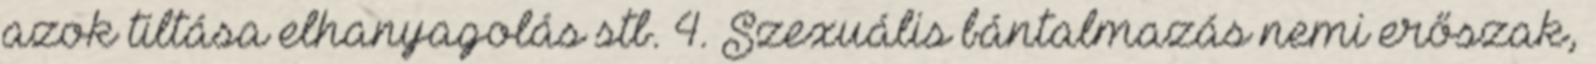
azok tiltása elhanyagolás stb. 4. Szexuális bántalmazás nemi erőszak,